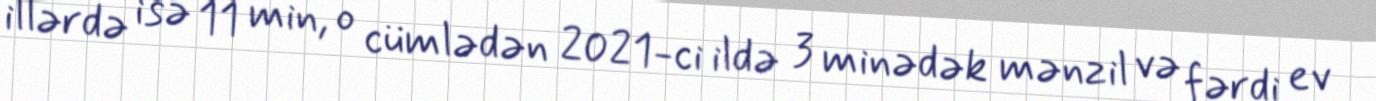
illərdə isə 11 min, o cümlədən 2021-ci ildə 3 minədək mənzil və fərdi ev